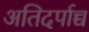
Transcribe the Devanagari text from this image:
अतिदर्पाच्च